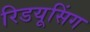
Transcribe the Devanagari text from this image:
रिडयूसिंग